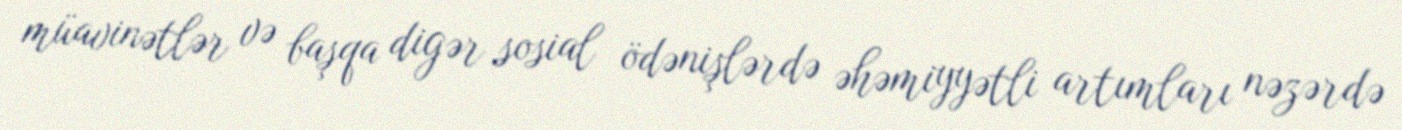
müavinətlər və başqa digər sosial ödənişlərdə əhəmiyyətli artımları nəzərdə